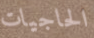
الحاجيات